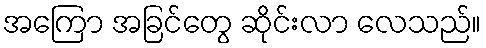
အကြော အခြင်တွေ ဆိုင်းလာ လေသည်။